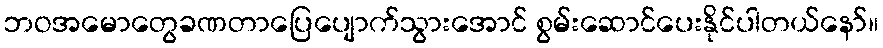
ဘဝအမောတွေခဏတာပြေပျောက်သွားအောင် စွမ်းဆောင်ပေးနိုင်ပါတယ်နော်။